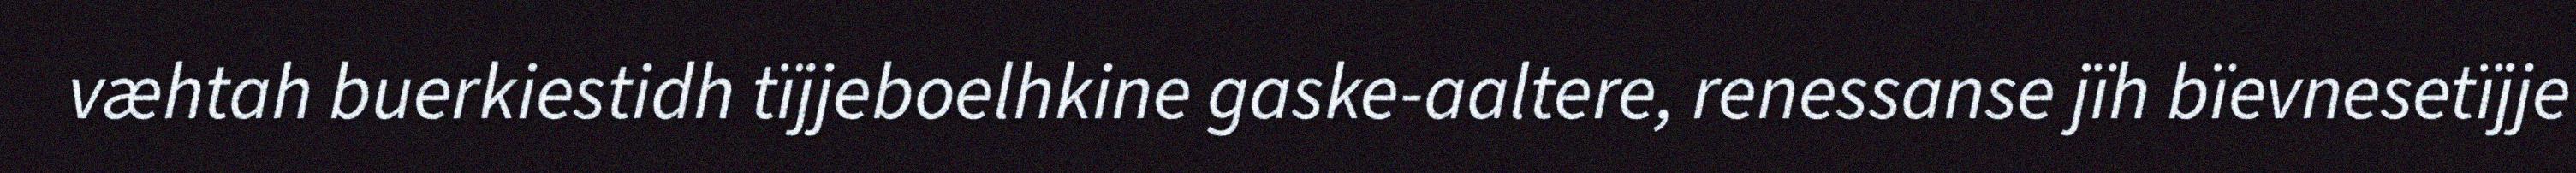
væhtah buerkiestidh tïjjeboelhkine gaske-aaltere, renessanse jïh bïevnesetïjje